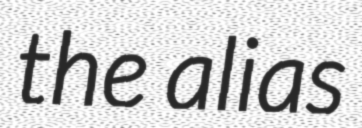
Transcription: the alias